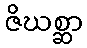
ဇိဃစ္ဆာ